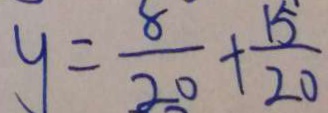
y = \frac { 8 } { 2 0 } + \frac { 1 5 } { 2 0 }